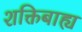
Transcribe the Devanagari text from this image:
शक्तिबाह्य